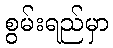
စွမ်းရည်မှာ